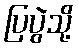
ပြပွဲသို့